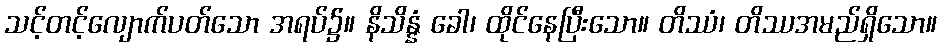
သင့်တင့်လျောက်ပတ်သော အရပ်၌။ နိသိန္နံ ခေါ၊ ထိုင်နေပြီးသော။ တိဿံ၊ တိဿအမည်ရှိသော။